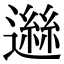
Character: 𨖾